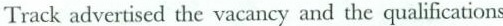
Track advertised the vacancy and the qualifications